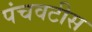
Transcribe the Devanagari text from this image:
पंचवटीस